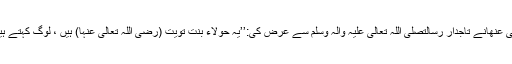
حضرت عائشہ رَضِیَ اللہُ تَعَالٰی عَنْھَانے تاجدارِ رسالتصَلَّی اللہُ تَعَالٰی عَلَیْہِ وَاٰلِہٖ وَسَلَّمَ سے عرض کی:’’یہ حولاء بنت تُوَیت (رَضِیَ اللہُ تَعَالٰی عَنْہا) ہیں ، لوگ کہتے ہیں کہ یہ رات بھر نہیں سوتیں۔